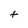
Character: t